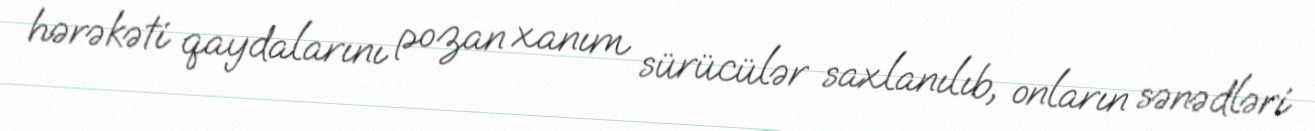
hərəkəti qaydalarını pozan xanım sürücülər saxlanılıb, onların sənədləri